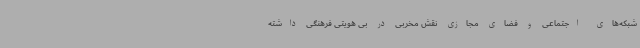
شبکه‌های اجتماعی و فضای مجازی نقش مخربی در بی هویتی فرهنگی داشته